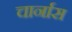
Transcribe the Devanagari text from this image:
चार्नास